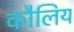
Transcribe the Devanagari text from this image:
कौलिय